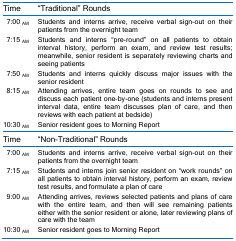
| Time | “Traditional” Rounds |
 | --- | --- |
 | 7:00 AM | Students and interns arrive, receive verbal sign-out on their patients from the overnight team |
 | 7:15 AM | Students and interns “pre-round” on all patients to obtain interval history, perform an exam, and review test results; meanwhile, senior resident is separately reviewing charts and seeing patients |
 | 7:50 AM | Students and interns quickly discuss major issues with the senior resident |
 | 8:15 AM | Attending arrives, entire team goes on rounds to see and discuss each patient one-by-one (students and interns present interval data, entire team discusses plan of care, and then reviews with each patient at bedside) |
 | 10:30 AM | Senior resident goes to Morning Report |
 | Time | “Non-Traditional” Rounds |
 | 7:00 AM | Students and interns arrive, receive verbal sign-out on their patients from the overnight team |
 | 7:15 AM | Students and interns join senior resident on “work rounds” on all patients to obtain interval history, perform an exam, review test results, and formulate a plan of care |
 | 9:00 AM | Attending arrives, reviews selected patients and plans of care with the entire team, and then will see remaining patients either with the senior resident or alone, later reviewing plans of care with the team |
 | 10:30 AM | Senior resident goes to Morning Report |